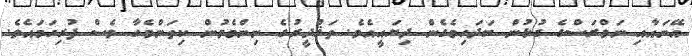
އޭނައާއި ނަވްރަސްގެ ގުޅުން ބަދަހިވެގެން ދިޔައީއެވެ. ތަޤްދީރުގެ ނިންމެވުން ކިތަންމެހާ ވެސް ފުރިހަމައެވެ.